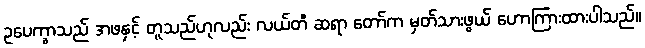
ဥပေက္ခာသည် အဖနှင့် တူသည်ဟုလည်း လယ်တီ ဆရာ တော်က မှတ်သားဖွယ် ဟောကြားထားပါသည်။